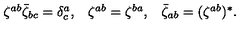
\begin{array} { c c c } { \zeta ^ { a b } \bar { \zeta } _ { b c } = \delta _ { c } ^ { a } , } & { \zeta ^ { a b } = \zeta ^ { b a } , } & { \bar { \zeta } _ { a b } = ( \zeta ^ { a b } ) ^ { \ast } . } \\ \end{array}